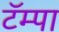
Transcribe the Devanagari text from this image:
टॅम्पा